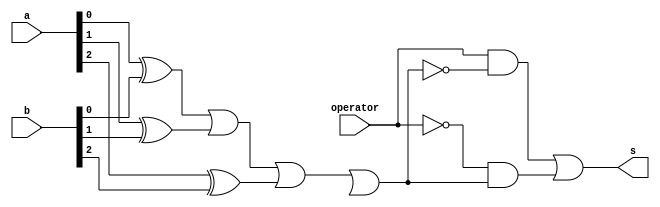
// -------------------------
// Exemplo0027
// Nome: Joo Henrique Mendes de Oliveira 
// ------------------------- 

module extra02  (output s, input operator, input [2:0]a, input [2:0]b); 
		 wire sxor1;
		 wire sxor2;
		 wire sxor3;
		 wire sxor4;
		 wire sxor5;
		 wire sxor6;
		 wire noperator;
		 wire sor;
		 wire sand1;
		 wire sand2;
		 
	xor XOR1 (sxor1,a[0],b[0]);
	xor XOR2 (sxor2,a[1],b[1]);
	xor XOR3 (sxor3,a[2],b[2]);

	or OR1 (sor,sxor1,sxor2,sxor3,sxor4);
	not NOT1 (notor,sor);
	and AND1 (sand1,operator,notor);
	not NOT2 (noperator,operator);
	and AND2 (sand2,noperator,sor);
	or OR2 (s,sand1,sand2);
	
endmodule //extra02;

module test_extra02;	
// ------------------------- definir dados 
	reg [2:0] x; 
	reg [2:0] y;
	reg op; 
	wire s;
		  
	extra02 ERROR (s,op,x,y);
		
// ------------------------- parte principal
	initial begin
	 	x = 3'b000;	y = 3'b111;  op = 1'b0;
			
	   $display("Exemplo0027 - Joo Henrique Mendes de Oliveira - 392734");
		$display("\n Chave 0 = Diferena \n Chave 1 = Equals \n");
		$monitor("x = %b	  y = %b	\n    Chave = %b	\n	Resultado = %b	\n\n", x, y, op, s);
	
		#1 x = 3'b111;	y = 3'b011;
		#1 op = 1'b1;
		#1 x = 3'b111;	y = 3'b111;
		#1 op = 1'b0;
		#1 x = 3'b011;	y = 3'b011;
	end

endmodule //Exemplo0027